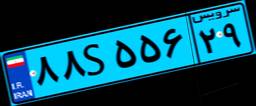
۸۸S۵۵۶۲۹